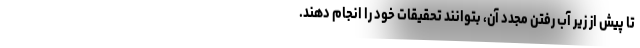
تا پیش از زیر آب رفتن مجدد آن، بتوانند تحقیقات خود را انجام دهند.